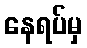
နေရပ်မှ